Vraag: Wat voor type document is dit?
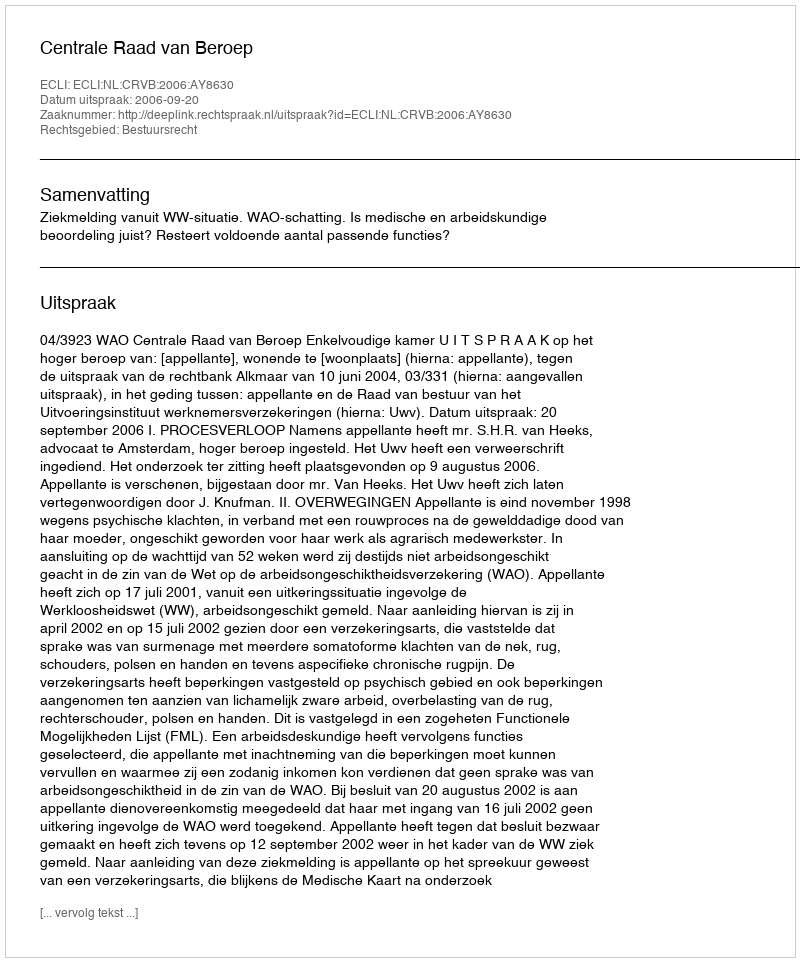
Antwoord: Uitspraak